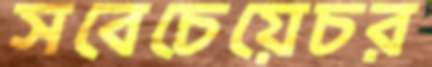
সবেচেয়েচর